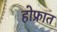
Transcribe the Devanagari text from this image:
होफ्रात